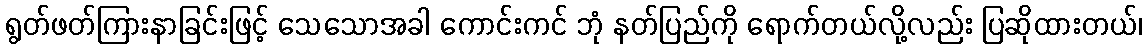
ရွတ်ဖတ်ကြားနာခြင်းဖြင့် သေသောအခါ ကောင်းကင် ဘုံ နတ်ပြည်ကို ရောက်တယ်လို့လည်း ပြဆိုထားတယ်၊